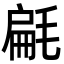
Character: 㲢